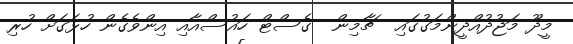
މީދޫ މަޖުދުއްދީންމަގުގައި  ޗާމިން  ގެސްޓް ހައުސްއާއި އިންވެގެން ހުޅަގަށް ހުރި